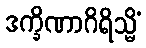
ဒက္ခိဏာဂိရိသ္မိံ